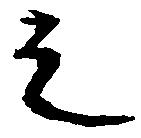
之